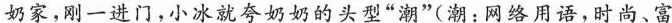
奶家，刚一进门，小冰就夸奶奶的头型”潮”(潮：网络用语，时尚、富